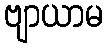
ဗျာယာမ